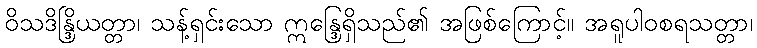
ဝိသဒိန္ဒြိယတ္တာ၊ သန့်ရှင်းသော ဣန္ဒြေရှိသည်၏ အဖြစ်ကြောင့်။ အရူပါဝစရသတ္တာ၊